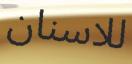
للاسنان